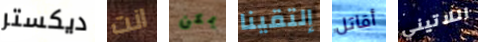
ديكستر انت يمكن إلتقينا أقاتل اللاتيني